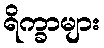
ရိက္ခာများ